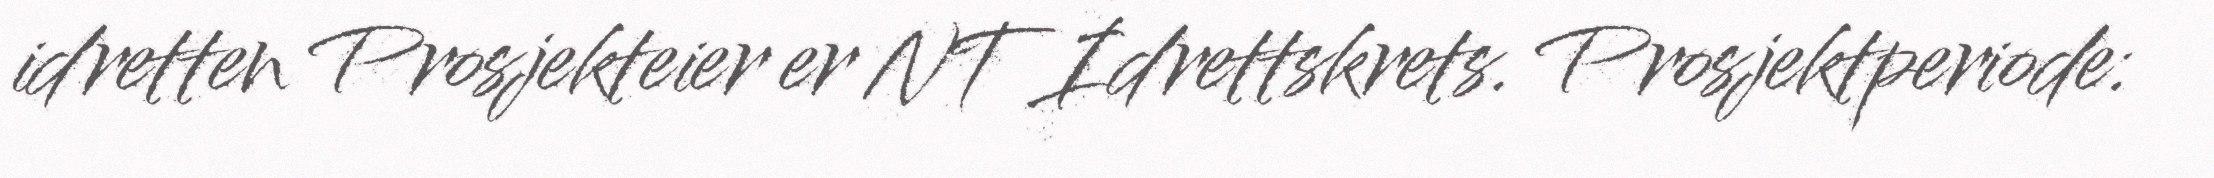
idretten Prosjekteier er NT Idrettskrets. Prosjektperiode: